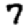
Digit: 7